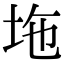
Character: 𡊇